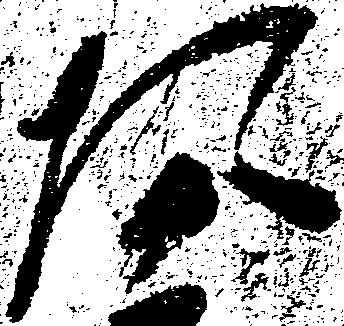
た